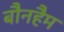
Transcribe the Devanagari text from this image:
बौनहैम